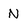
Character: N